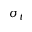
\sigma _ { t }